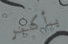
بأكبر